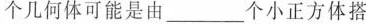
个几何体可能是由___个小正方体搭